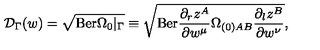
{ \cal D } _ { \Gamma } ( w ) = \sqrt { \mathrm { B e r } \Omega _ { 0 } \vert _ { \Gamma } } \equiv \sqrt { \mathrm { B e r } \frac { \partial _ { r } z ^ { A } } { \partial w ^ { \mu } } \Omega _ { ( 0 ) A B } \frac { \partial _ { l } z ^ { B } } { \partial w ^ { \nu } } } ,